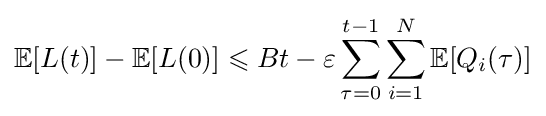
\mathbb {E} [L(t)]-\mathbb {E} [L(0)]\leqslant Bt-\varepsilon \sum _{\tau =0}^{t-1}\sum _{i=1}^{N}\mathbb {E} [Q_{i}(\tau )]